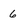
Character: 6